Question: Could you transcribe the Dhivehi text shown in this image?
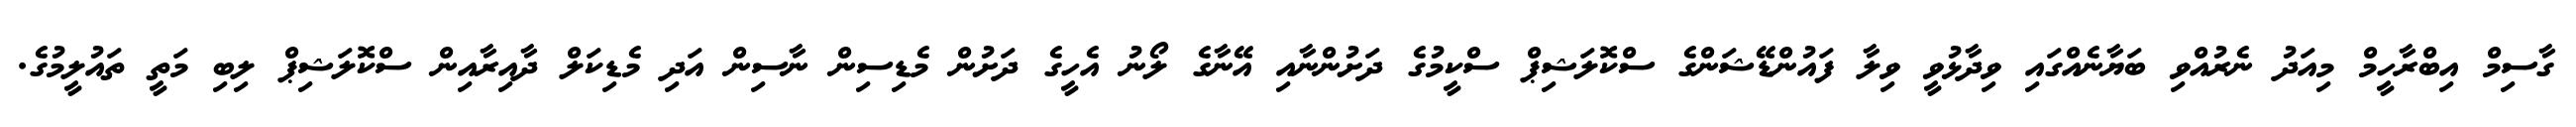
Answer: ގާސިމް އިބްރާހީމް މިއަދު ނެރުއްވި ބަޔާނެއްގައި ވިދާޅުވީ ވިލާ ފައުންޑޭޝަންގެ ސްކޮލަޝިޕް ސްކީމުގެ ދަށުންނާއި އޭނާގެ ލޯނު އެހީގެ ދަށުން މެޑިސިން ނާސިން އަދި މެޑިކަލް ދާއިރާއިން ސްކޮލަޝިޕް ލިބި މަތީ ތައުލީމުގެ.